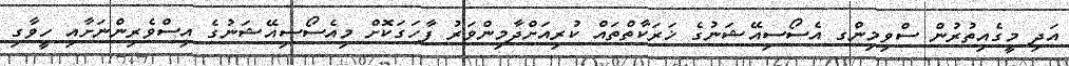
އަދި މީގެއިތުރުން ސްވިމިންގ އެސޯސިއޭޝަނުގެ ޚަރަކާތްތައް ކުރިއަށްދާމިންވަރު ފާހަގަކޮށް މިިއެސޯސިއޭޝަނުގެ އިސްވެރިންނަށާއި ހީވާގި